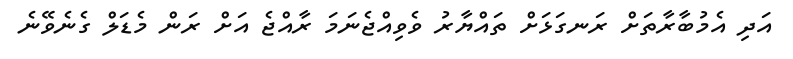
އަދި އެމުބާރާތަށް ރަނގަޅަށް ތައްޔާރު ވެވިއްޖެނަމަ ރާއްޖެ އަށް ރަން މެޑަލް ގެނެވޭނެ